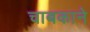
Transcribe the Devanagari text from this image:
चाबकाने